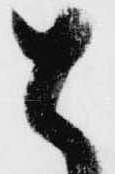
と